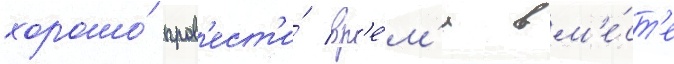
хорошо́ пров'ест'и́ вр'е́м'я вм'е́ст'е